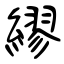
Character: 繆